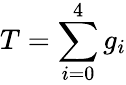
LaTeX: T=\sum_{i=0}^{4}g_{i}